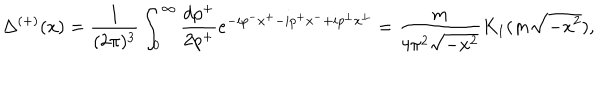
LaTeX: \Delta ^ { ( + ) } ( x ) = \frac { 1 } { ( 2 \pi ) ^ { 3 } } \int _ { 0 } ^ { \infty } \frac { d p ^ { + } } { 2 p ^ { + } } e ^ { - i p ^ { - } x ^ { + } - i p ^ { + } x ^ { - } + i p ^ { \bot } x ^ { \bot } } = \frac { m } { 4 \pi ^ { 2 } \sqrt { - x ^ { 2 } } } K _ { 1 } ( m \sqrt { - x ^ { 2 } } ) ,